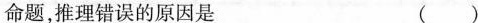
命题，推理错误的原因是 ( )